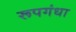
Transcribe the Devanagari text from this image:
रूपगंधा